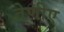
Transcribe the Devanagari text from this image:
तेणीए